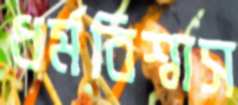
ধর্মবিশ্বাস